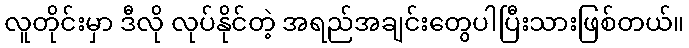
လူတိုင်းမှာ ဒီလို လုပ်နိုင်တဲ့ အရည်အချင်းတွေပါပြီးသားဖြစ်တယ်။